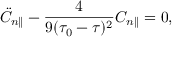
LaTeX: \ddot { C } _ { n \parallel } - \frac { 4 } { 9 ( \tau _ { 0 } - \tau ) ^ { 2 } } C _ { n \parallel } = 0 ,